Lunatic asylums Central Provinces reports 1895-1909 - 1895-1909
Year: 1895
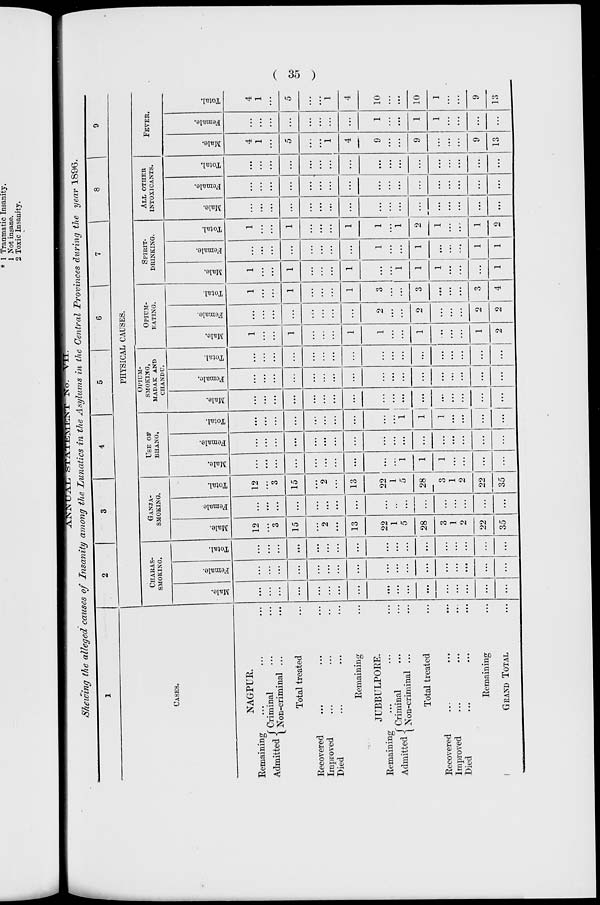
( 35 )
ANNUAL
STATEMENT
No.
VII.
Shewing the alleged causes of Insanity among the Lunatics in the Asylums in the Central Provinces during the year 1896.
1
CASES.
NAGPUR.
Remaining ... ... ...
Admitted Criminal... ...
Non-criminal ...
Total treated... ... ...
Recovered... ... ...
Improved... ... ...
Died... ... ...
Remaining... ... ...
JUBBULPORE.
Remaining... ... ...
Admitted Criminal... ...
Non-criminal ... ...
Total treated... ... ...
Recovered... ... ...
Improved... ... ...
Died
...
...
...
Remaining ...
GRAND TOTAL ...
2
3
4
5
6
7
8
9
PHYSICAL CAUSES.
CHARAS¬
SMOKING.
Male.
...
...
...
...
...
...
...
...
...
...
...
...
...
...
...
...
...
Female.
...
...
...
...
...
...
...
...
...
...
...
...
...
...
...
...
...
Total.
...
...
...
...
...
...
...
...
...
...
...
...
...
...
...
...
...
GANJA¬
SMOKING.
Male.
12
...
3
15
...
2
...
13
22
1
5
28
3
1
2
22
35
Female
...
...
...
...
...
...
...
...
...
...
...
...
...
...
...
...
...
Total.
12
...
3
15
...
2
...
13
22
1
5
28
3
1
2
22
35
USE OF
BHANG.
Male.
...
...
...
...
...
...
...
...
...
...
1
1
1
...
...
...
...
Female.
...
...
...
...
...
...
...
...
...
...
...
...
...
...
...
...
...
Total.
...
...
...
...
...
...
...
...
...
...
1
1
1
...
...
...
...
OPIUM¬
SMOKING,
MADAK AND
CHANDU.
Male.
...
...
...
...
...
...
...
...
...
...
...
...
...
...
...
...
...
Female.
...
...
...
...
...
...
...
...
...
...
...
...
...
...
...
...
Total.
...
...
...
...
...
...
...
...
...
...
...
...
...
...
...
...
...
OPIUM¬
EATING.
Male.
1
...
...
1
...
...
1
1
...
...
1
...
...
...
1
2
Female.
...
...
...
...
...
...
...
2
...
...
2
...
...
...
2
2
Total.
1
...
...
1
...
...
...
1
3
...
...
3
...
...
...
3
4
SPIRIT¬
DRINKING.
Male.
1
...
...
1
...
...
...
1
...
...
1
1
1
...
...
...
1
Female.
...
...
...
...
...
...
...
...
1
...
...
1
...
...
...
1
1
Total.
1
...
...
1
...
...
...
1
1
...
1
2
1
...
...
1
2
ALL OTHER
INTOXICANTS.
Male.
...
...
...
...
...
...
...
...
...
...
...
...
...
...
...
...
...
Female.
...
...
...
...
...
...
...
...
...
...
...
...
...
...
...
...
...
Total.
...
...
...
...
...
...
...
...
...
...
...
...
...
...
...
...
...
FEVER.
Male.
4
1
...
5
...
...
1
4
9
...
...
9
...
...
...
9
13
Female.
...
...
...
...
...
...
...
...
1
...
...
1
1
...
...
...
...
Total.
4
1
...
5
...
1
4
10
...
...
10
1
...
...
9
13